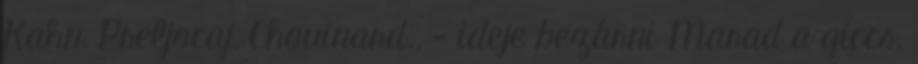
Kahn, Preljocaj, Chouinard., - ideje bezárni Marad a giccs.